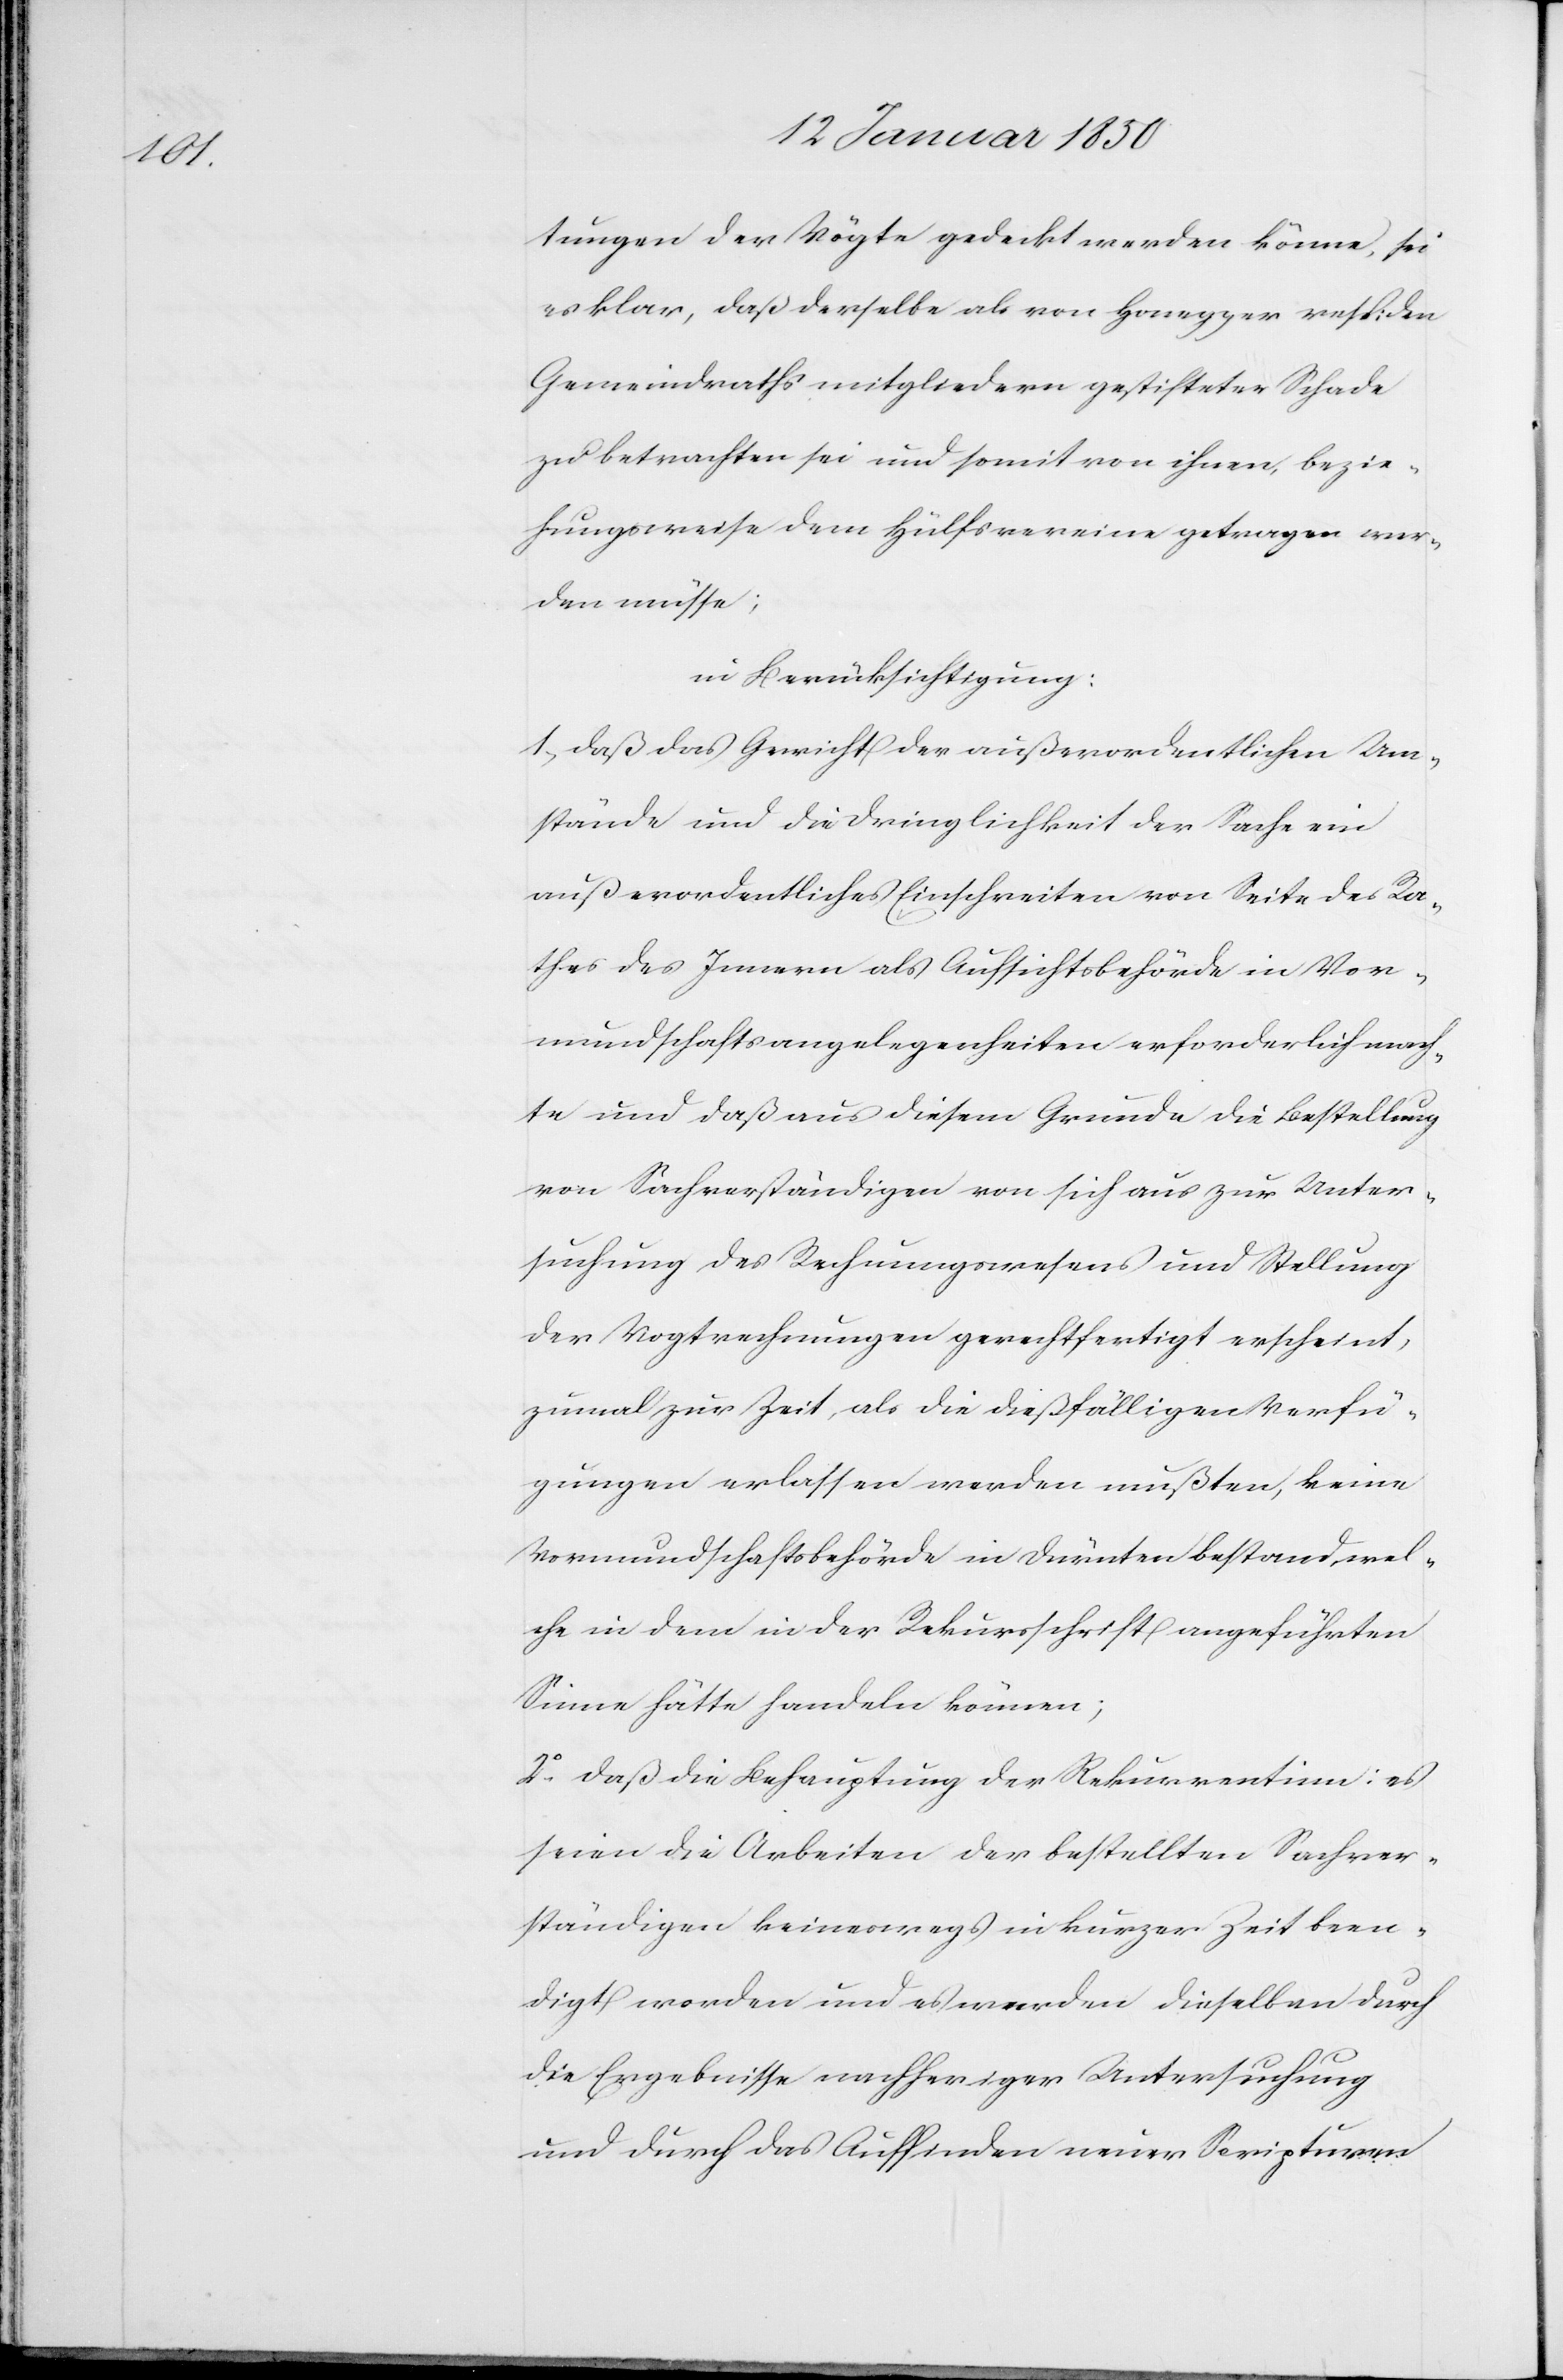
tungen der Vögte gedeckt werden könne, sei
es klar, daß derselbe als von Honegger resp: den
Gemeindrathsmitgliedern gestifteter Schade
zu betrachten sei und somit von ihnen, bezie¬
hungsweise dem Hülfsvereine getragen wer¬
den müsse;
in Berücksichtigung:
1. daß das Gericht der außerordentlichen Um¬
stände und die Dringlichkeit der Sache ein
außerordentliches Einschreiten von Seite des Ra¬
thes des Innern als Aufsichtsbehörde in Vor¬
mundschaftsangelegenheiten erforderlich mach¬
te und daß aus diesem Grunde die Bestellung
von Sachverständigen von sich aus zur Unter¬
suchung des Rechnungswesens und Stellung
der Vogtrechnungen gerechtfertigt erscheint,
zumal zur Zeit, als die dießfälligen Verfü¬
gungen erlassen werden mußten, keine
Vormundschaftsbehörde in Dürnten bestand, wel¬
che in dem in der Rekursschrift angeführten
Sinne hätte handeln können;
2o. daß die Behauptung der Rekurrentinn: es
seien die Arbeiten der bestellten Sachver¬
ständigen keineswegs in kurzer Zeit been¬
digt worden und es werden dieselben durch
die Ergebnisse nachheriger Untersuchung
und durch das Auffinden neuer Scripturen